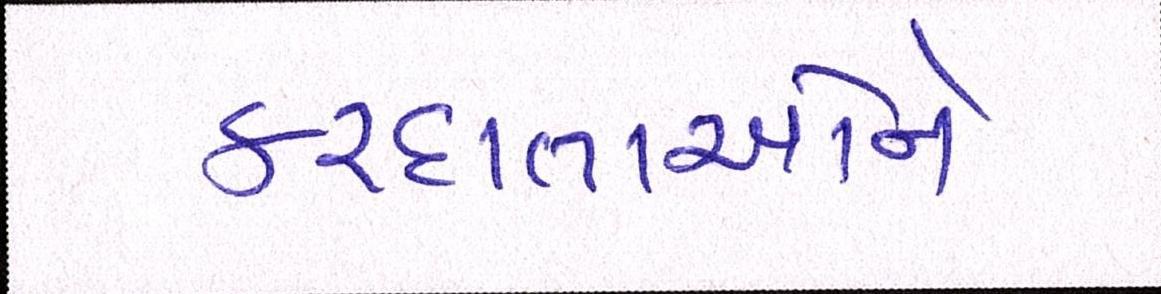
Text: કરદાતાઓને